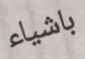
باشياء